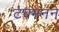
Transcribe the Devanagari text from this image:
टबमनने